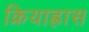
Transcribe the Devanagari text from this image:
क्रियाह्रास